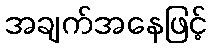
အချက်အနေဖြင့်